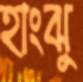
হাংঝু